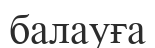
балауға